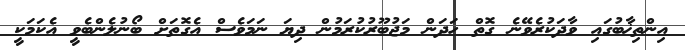
އިންތިޚާބުގައި ވާދަކުރެވޭނެ ގޮތް ހަދަން މަޖުބޫރުކުރަމުން ދިޔަ ނަމަވެސް އެގޮތަށް ބޯނުލެންބެވީ އެކަމަކީ